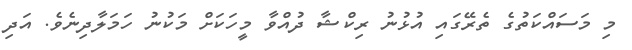
މި މަސައްކަތުގެ ތެރޭގައި އުޅުނު ރިކްޝާ ދުއްވާ މީހަކަށް މަކުނު ހަމަލާދިނެވެ. އަދި